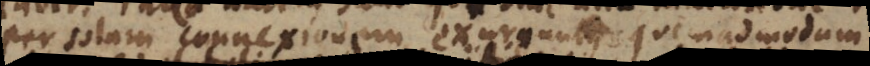
per solam connexionem exurgunt, quemadmodum